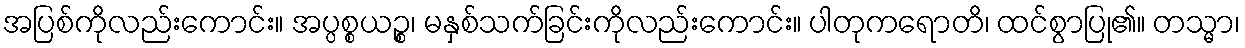
အပြစ်ကိုလည်းကောင်း။ အပ္ပစ္စယဉ္စ၊ မနှစ်သက်ခြင်းကိုလည်းကောင်း။ ပါတုကရောတိ၊ ထင်စွာပြု၏။ တသ္မာ၊